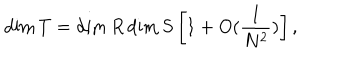
\dim T = \dim R \dim S \left[ 1 + O ( { \frac { 1 } { N ^ { 2 } } } ) \right] ,